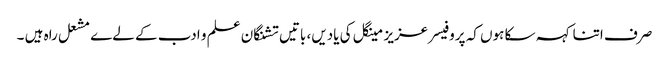
صرف اتنا کہہ سکا ہوں کہ پروفیسر عزیز مینگل کی یادیں، باتیں تشنگان علم و ادب کے لےے مشعل راہ ہیں ۔